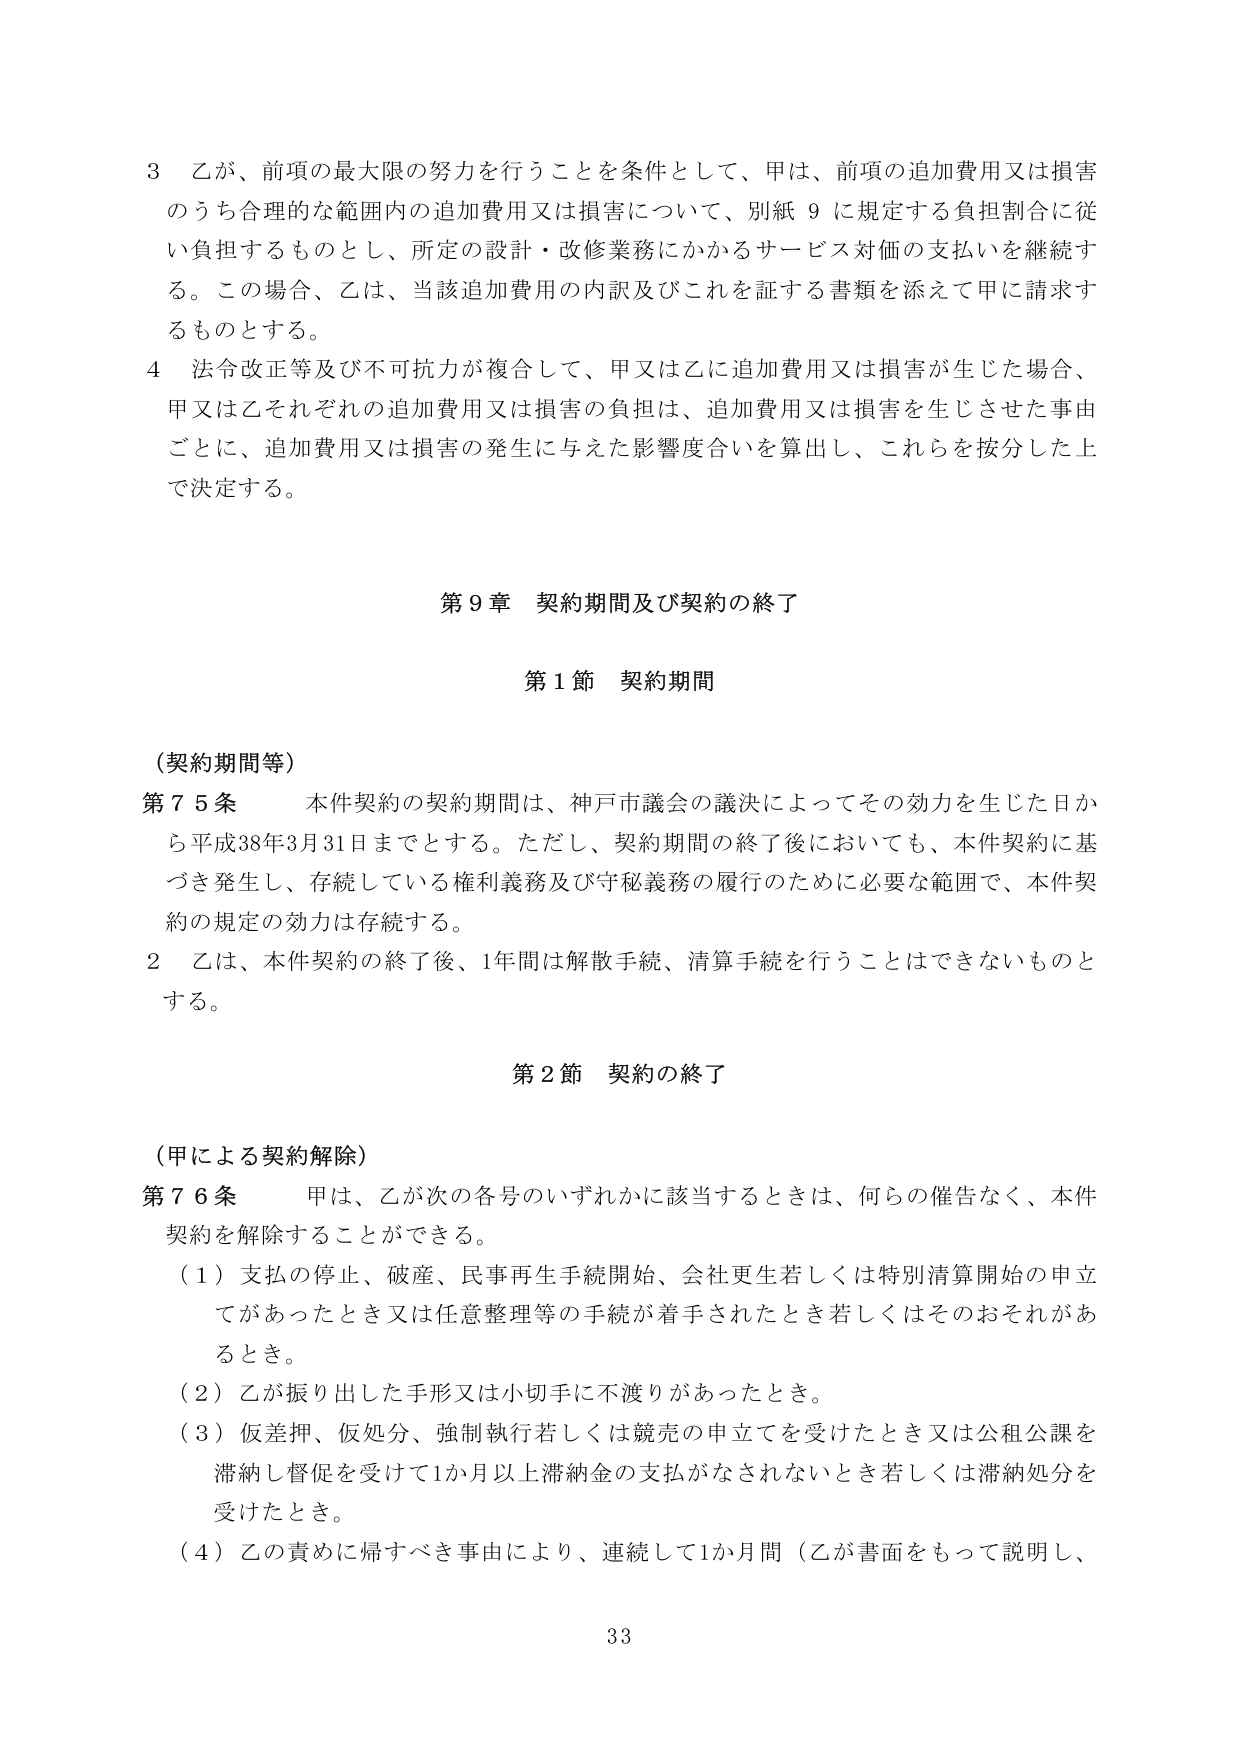
3 乙が、前項の最大限の努力を行うことを条件として、甲は、前項の追加費用又は損害のうち合理的な範囲内の追加費用又は損害について、別紙9に規定する負担割合に従い負担するものとし、所定の設計・改修業務にかかるサービス対価の支払いを継続する。この場合、乙は、当該追加費用の内訳及びこれを証する書類を添えて甲に請求するものとする。

4 法令改正等及び不可抗力が複合して、甲又は乙に追加費用又は損害が生じた場合、甲又は乙それぞれの追加費用又は損害の負担は、追加費用又は損害を生じさせた事由ごとに、追加費用又は損害の発生に与えた影響度合いを算出し、これらを按分した上で決定する。

第9章 契約期間及び契約の終了

第1節 契約期間

（契約期間等）

第75条 本件契約の契約期間は、神戸市議会の議決によってその効力を生じた日から平成38年3月31日までとする。ただし、契約期間の終了後においても、本件契約に基づき発生し、存続している権利義務及び守秘義務の履行のために必要な範囲で、本件契約の規定の効力は存続する。

2 乙は、本件契約の終了後、1年間は解散手続、清算手続を行うことはできないものとする。

第2節 契約の終了

（甲による契約解除）

第76条 甲は、乙が次の各号のいずれかに該当するときは、何らの催告なく、本件契約を解除することができる。

（1）支払の停止、破産、民事再生手続開始、会社更生若しくは特別清算開始の申立てがあったとき又は任意整理等の手続が着手されたとき若しくはそのおそれがあるとき。

（2）乙が振り出した手形又は小切手に不渡りがあったとき。

（3）仮差押、仮処分、強制執行若しくは競売の申立てを受けたとき又は公租公課を滞納し督促を受けて1か月以上滞納金の支払がなされないとき若しくは滞納処分を受けたとき。

（4）乙の責めに帰すべき事由により、連続して1か月間（乙が書面をもって説明し、

33